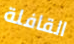
القافلة